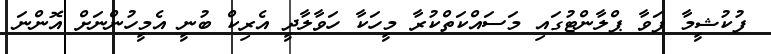
ފުކުޝީމާ ޕަވާ ޕްލާންޓުގައި މަސައްކަތްކުރާ މީހަކާ ހަވާލާދީ އެރިކް ބުނީ އެމީހުންނަށް އޮންނަ